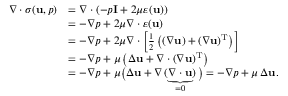
{ \begin{array} { r l } { \nabla \cdot { \boldsymbol { \sigma } } ( \mathbf { u } , p ) } & { = \nabla \cdot \left( - p \mathbf { I } + 2 \mu { \boldsymbol { \varepsilon } } ( \mathbf { u } ) \right) } \\ & { = - \nabla p + 2 \mu \nabla \cdot { \boldsymbol { \varepsilon } } ( \mathbf { u } ) } \\ & { = - \nabla p + 2 \mu \nabla \cdot \left[ { \frac { 1 } { 2 } } \left( \left( \nabla \mathbf { u } \right) + \left( \nabla \mathbf { u } \right) ^ { \mathrm { T } } \right) \right] } \\ & { = - \nabla p + \mu \left( \Delta \mathbf { u } + \nabla \cdot \left( \nabla \mathbf { u } \right) ^ { \mathrm { T } } \right) } \\ & { = - \nabla p + \mu { \bigl ( } \Delta \mathbf { u } + \nabla \underbrace { ( \nabla \cdot \mathbf { u } ) } _ { = 0 } { \bigr ) } = - \nabla p + \mu \, \Delta \mathbf { u } . } \end{array} }